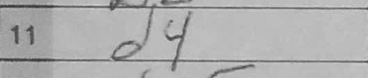
Transcription: d4